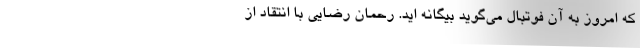
که امروز به آن فوتبال می‌گوید بیگانه اید. رحمان رضایی با انتقاد از